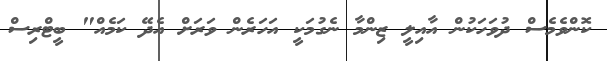
ކޮންވެމެސް ދުވަހަކުން އާއިލީ ޒިންމާ ނެގުމަކީ އަހަރެން ވަރަށް އެދޭ ކަމެއް" ބީޓްރިސް